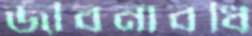
জীবনাবধি